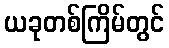
ယခုတစ်ကြိမ်တွင်